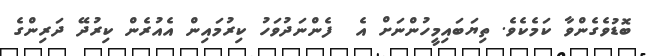
ބޮޑުވެގެންވާ ކަމެކެވެ. ތިޔަބައިމީހުންނަށް އެ  ފެންނަދުވަހު ކިރުމައިން އެއުރެން ކިރުދޭ ދަރިންގެ